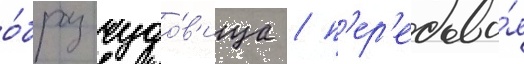
о́браз чудо́в'ища / п'ер'едава́я